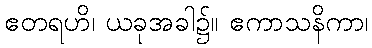
ဧတရဟိ၊ ယခုအခါ၌။ ဧကာသနိကာ၊